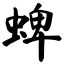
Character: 蜱